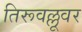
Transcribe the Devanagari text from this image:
तिरूवल्लूवर